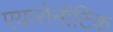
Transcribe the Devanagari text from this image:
एयारोनॉटिक